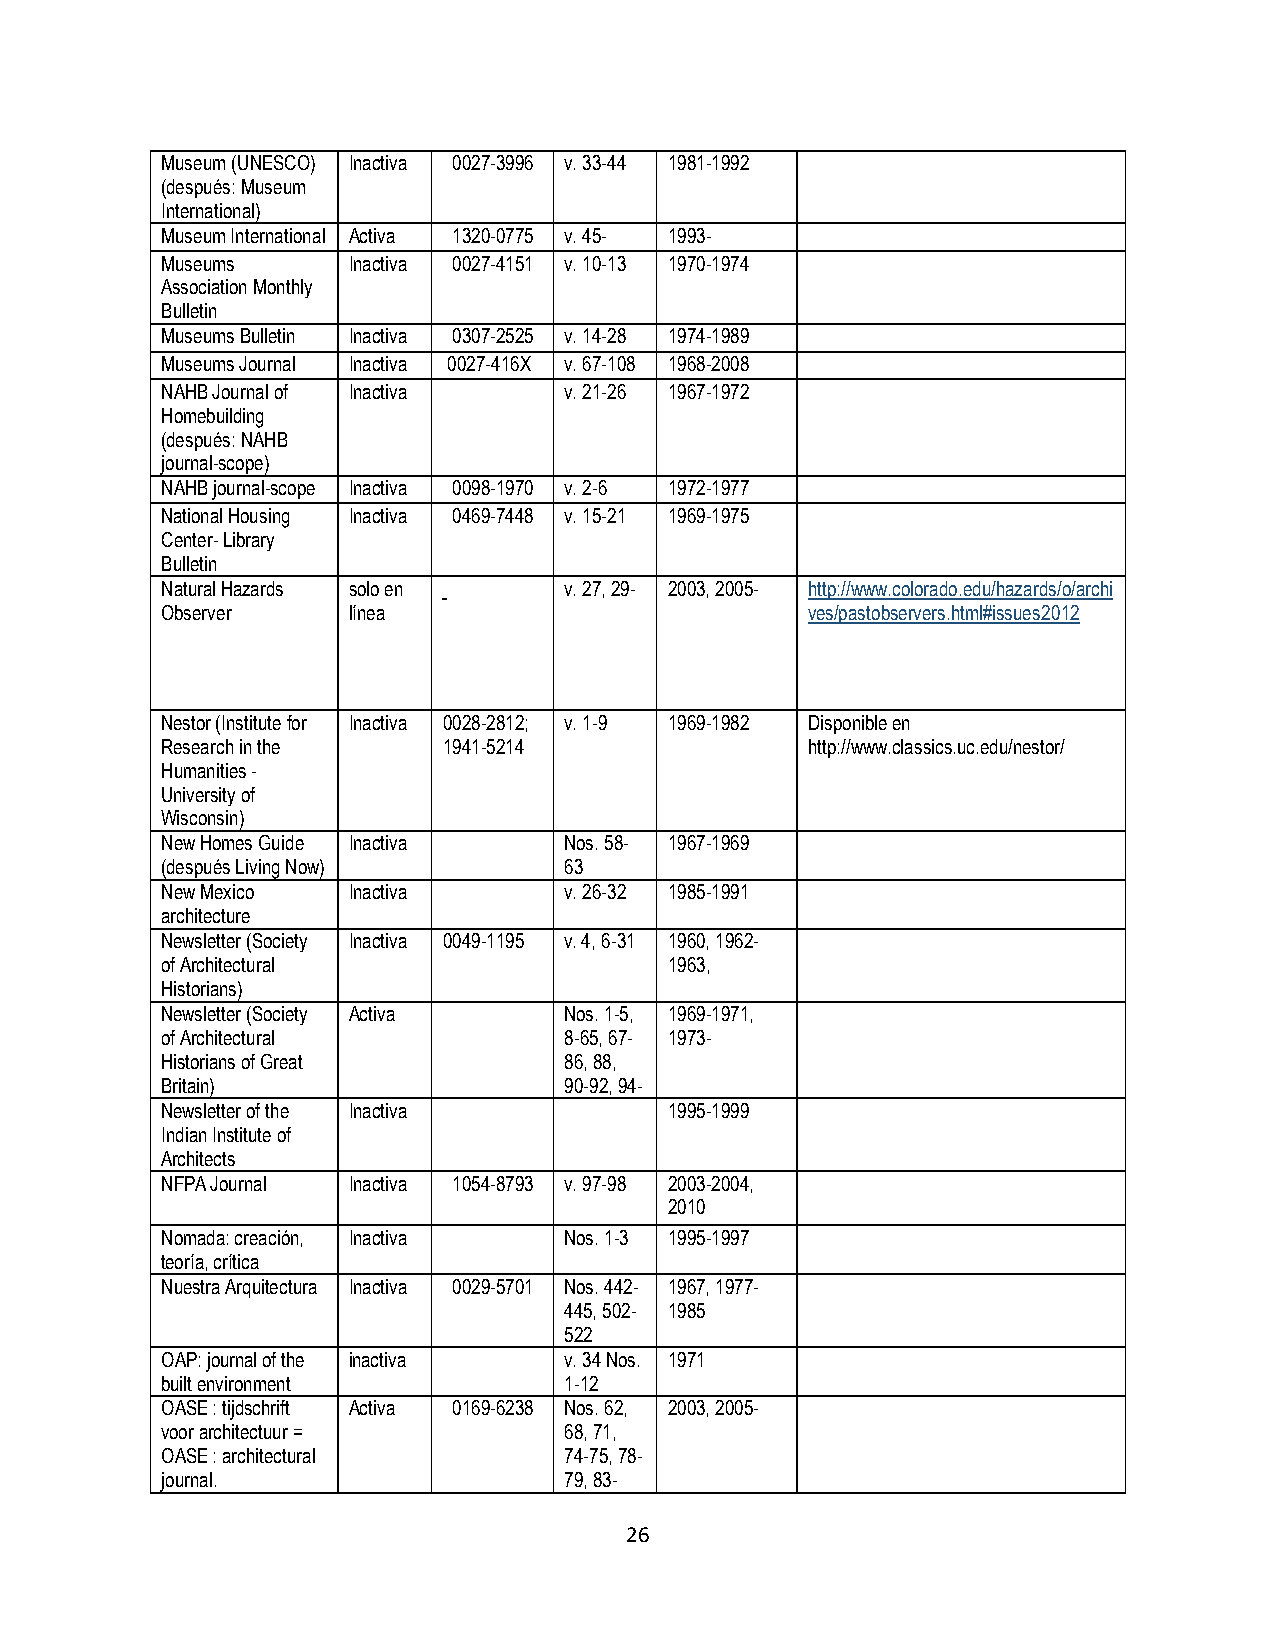
Museum (UNESCO) Inactiva 0027-3996 v. 33-44 1981-1992
 (después: Museum
 International)
 Museum International Activa 1320-0775 v. 45- 1993-
 Museums     Inactiva 0027-4151 v. 10-13 1970-1974
 Association Monthly
 Bulletin
 Museums Bulletin Inactiva 0307-2525 v. 14-28 1974-1989
 Museums Journal Inactiva 0027-416X v. 67-108 1968-2008
 NAHB Journal of Inactiva  v. 21-26 1967-1972
 Homebuilding
 (después: NAHB
 journal-scope)
 NAHB journal-scope Inactiva 0098-1970 v. 2-6 1972-1977
 National Housing Inactiva 0469-7448 v. 15-21 1969-1975
 Center- Library
 Bulletin
 Natural Hazards solo en   v. 27, 29- 2003, 2005- http://www.colorado.edu/hazards/o/archi
 Observer    línea                          ves/pastobservers.html#issues2012
 Nestor (Institute for Inactiva 0028-2812; v. 1-9 1969-1982 Disponible en
 Research in the   1941-5214                http://www.classics.uc.edu/nestor/
 Humanities -
 University of
 Wisconsin)
 New Homes Guide Inactiva  Nos. 58- 1967-1969
 (después Living Now)      63
 New Mexico  Inactiva      v. 26-32 1985-1991
 architecture
 Newsletter (Society Inactiva 0049-1195 v. 4, 6-31 1960, 1962-
 of Architectural                 1963,
 Historians)
 Newsletter (Society Activa Nos. 1-5, 1969-1971,
 of Architectural          8-65, 67- 1973-
 Historians of Great       86, 88,
 Britain)                  90-92, 94-
 Newsletter of the Inactiva       1995-1999
 Indian Institute of
 Architects
 NFPA Journal Inactiva 1054-8793 v. 97-98 2003-2004,
 2010
 Nomada: creación, Inactiva Nos. 1-3 1995-1997
 teoría, crítica
 Nuestra Arquitectura Inactiva 0029-5701 Nos. 442- 1967, 1977-
 445, 502- 1985
 522
 OAP: journal of the inactiva v. 34 Nos. 1971
 built environment         1-12
 OASE : tijdschrift Activa 0169-6238 Nos. 62, 2003, 2005-
 voor architectuur =       68, 71,
 OASE : architectural      74-75, 78-
 journal.                  79, 83-
 26